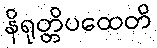
နိရုတ္တိပထေတိ